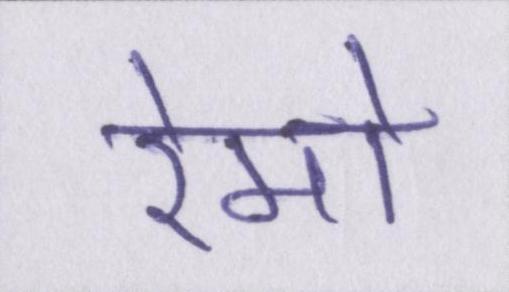
रेमो